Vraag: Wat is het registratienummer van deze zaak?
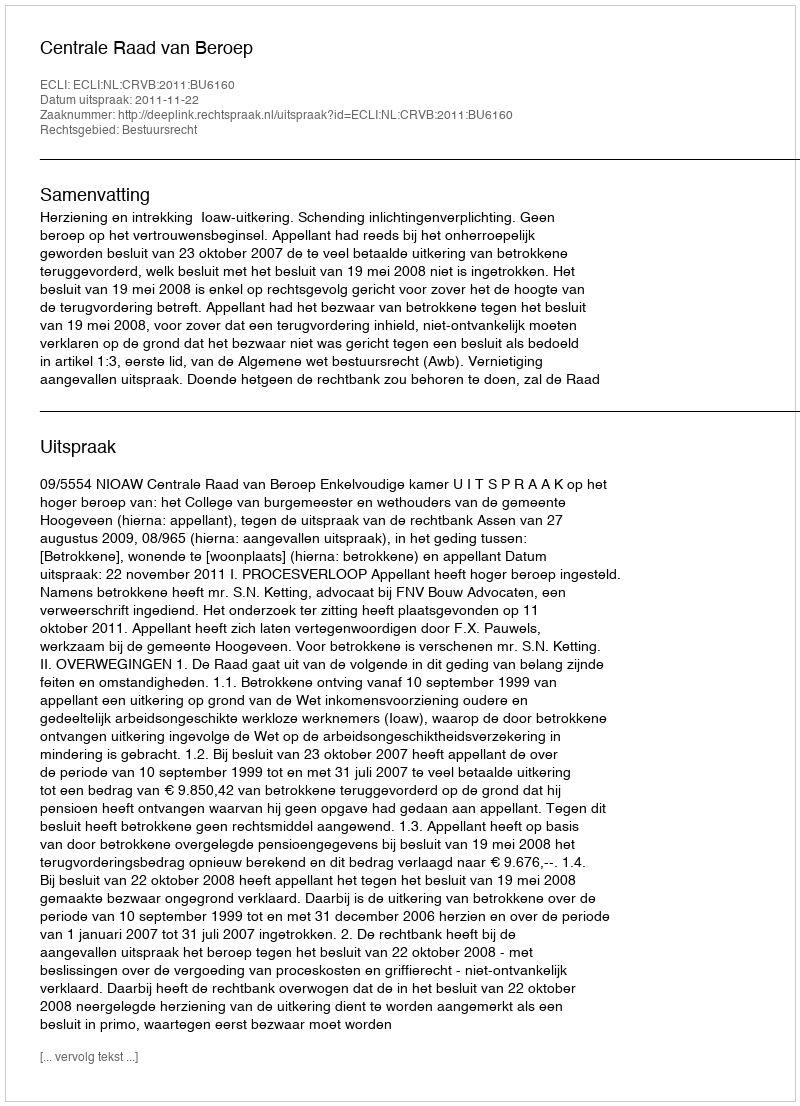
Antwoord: http://deeplink.rechtspraak.nl/uitspraak?id=ECLI:NL:CRVB:2011:BU6160